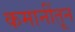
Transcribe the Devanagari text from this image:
कमानींतून